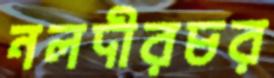
নলদীরচর